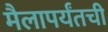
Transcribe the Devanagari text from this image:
मैलापर्यंतची